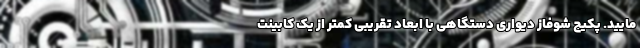
مایید. پکیج شوفاز دیواری دستگاهی با ابعاد تقریبی کمتر از یک کابینت